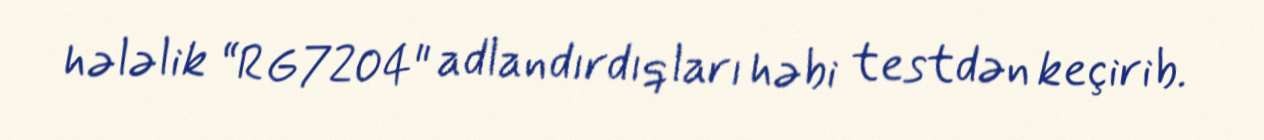
hələlik “RG7204" adlandırdıqları həbi testdən keçirib.